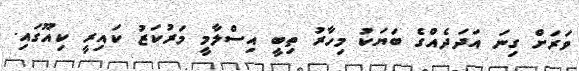
ވަރަށް ގިނަ އަދަދެއްގެ ބަޔަކު މިހާރު ތިބީ އިސްލާމީ މަރުކަޒު ކައިރީ ކިއޫގައި.